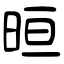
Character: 晅